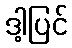
ဒါ့ပြင်